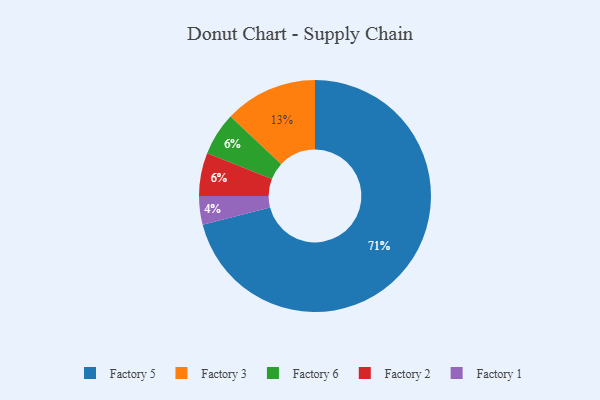
{"axis": {"x": "Category", "y": "Percentage"}, "legend": ["Factory 1", "Factory 2", "Factory 3", "Factory 5", "Factory 6"], "data": [{"x": "Factory 6", "y": 6, "type": "Factory 6"}, {"x": "Factory 1", "y": 4, "type": "Factory 1"}, {"x": "Factory 5", "y": 71, "type": "Factory 5"}, {"x": "Factory 2", "y": 6, "type": "Factory 2"}, {"x": "Factory 3", "y": 13, "type": "Factory 3"}]}